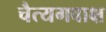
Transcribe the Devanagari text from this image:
चैत्यगवाक्ष